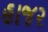
હાજ૨